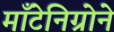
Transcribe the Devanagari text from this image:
माँटेनिग्रोने